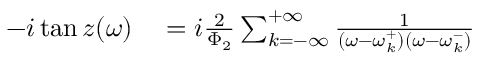
\begin{array} { r l } { - i \tan z ( \omega ) } & { { } = i \frac { 2 } { \Phi _ { 2 } } \sum _ { k = - \infty } ^ { + \infty } \frac { 1 } { ( \omega - \omega _ { k } ^ { + } ) ( \omega - \omega _ { k } ^ { - } ) } } \end{array}